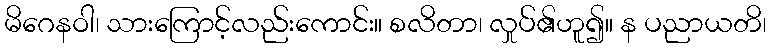
မိဂေနဝါ၊ သားကြောင့်လည်းကောင်း။ စလိတာ၊ လှုပ်၏ဟူ၍။ န ပညာယတိ၊